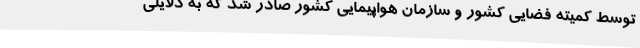
توسط کمیته فضایی کشور و سازمان هواپیمایی کشور صادر شد که به دلایلی